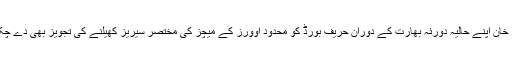
شہریار خان اپنے حالیہ دورئہ بھارت کے دوران حریف بورڈ کو محدود اوورز کے میچز کی مختصر سیریز کھیلنے کی تجویز بھی دے چکے ہیں۔